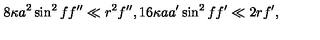
8 \kappa a ^ { 2 } \sin ^ { 2 } f f ^ { \prime \prime } \ll r ^ { 2 } f ^ { \prime \prime } , 1 6 \kappa a a ^ { \prime } \sin ^ { 2 } f f ^ { \prime } \ll 2 r f ^ { \prime } ,